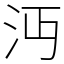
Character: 沔